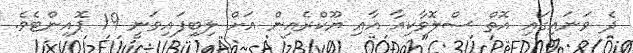
ދެ ވަނައިގައި އޮތް ސްލޮވާކިއާ އާއި ޔޫކްރެއިން އަށް ލިބިފައިވަނީ 19 ޕޮއިންޓެވެ.